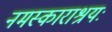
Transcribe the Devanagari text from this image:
नमस्काराश्रयः